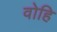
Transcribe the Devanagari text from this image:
वोहि